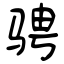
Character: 骋